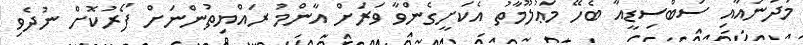
މަދަނައާއި ސަބްސިޑީއާ ބެހޭ މަޢުލޫމާތު އެކަށީގެންވާ ވަރަށް އާންމު ރައްޔިތުންނަށް ފޯރުކޮށް ނުދެވި